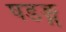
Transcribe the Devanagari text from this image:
षडङ्ग